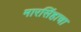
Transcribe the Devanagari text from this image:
मारसिंहाचा